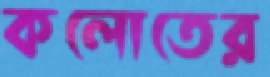
কলোতের